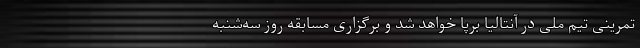
تمرینی تیم ملی در آنتالیا برپا خواهد شد و برگزاری مسابقه روز سه‌شنبه